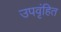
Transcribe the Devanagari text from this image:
उपवृंहित